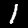
Digit: 1